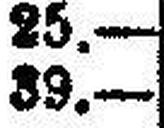
39.—